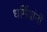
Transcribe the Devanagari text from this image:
धर्मियांनी